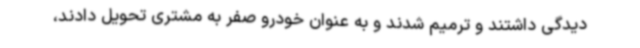
دیدگی داشتند و ترمیم شدند و به عنوان خودرو صفر به مشتری تحویل دادند،